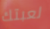
لعبتك